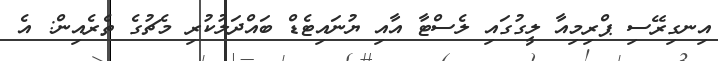
އިނގިރޭސި ޕްރިމިއާ ލީގުގައި ލެސްޓާ އާއި ޔުނައިޓެޑް ބައްދަލުކުރި މެޗުގެ ތެރެއިން: އެ